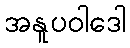
အနူပဝါဒေါ